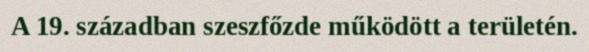
A 19. században szeszfőzde működött a területén.